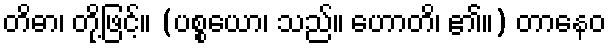
တိဓာ၊ တို့ဖြင့်။ (ပစ္စယော၊ သည်။ ဟောတိ၊ ၏။) တာနေဝ